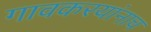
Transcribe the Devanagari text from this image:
गावकरयांनाच